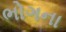
ભોગના